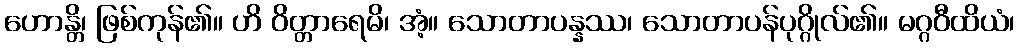
ဟောန္တိ၊ ဖြစ်ကုန်၏။ ဟိ ဝိတ္တာရေမိ၊ အံ့။ သောတာပန္နဿ၊ သောတာပန်ပုဂ္ဂိုလ်၏။ မဂ္ဂဝီထိယံ၊